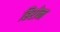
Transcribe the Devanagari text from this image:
हिरोन